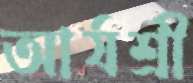
আর্যশ্রী